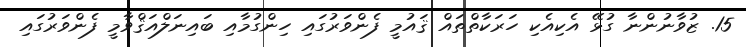
15. ޒުވާނުންނާ ގުޅޭ އެކިއެކި ހަރަކާތްތައް ޤައުމީ ފެންވަރުގައި ހިންގުމާއި ބައިނަލްއަޤްވާމީ ފެންވަރުގައި